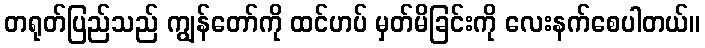
တရုတ်ပြည်သည် ကျွန်တော်ကို ထင်ဟပ် မှတ်မိခြင်းကို လေးနက်စေပါတယ်။